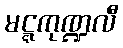
မဋ္ဋကုဏ္ဍလီ